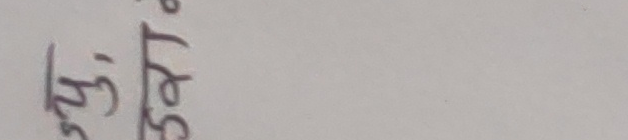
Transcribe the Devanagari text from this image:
५४५/५३१